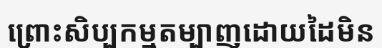
ព្រោះសិប្បកម្មតម្បាញដោយដៃមិន